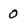
Character: O